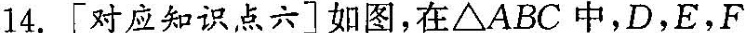
14.[对应知识点六]如图，在△ABC中，D，E，F